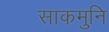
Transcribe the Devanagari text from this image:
साकमुनि